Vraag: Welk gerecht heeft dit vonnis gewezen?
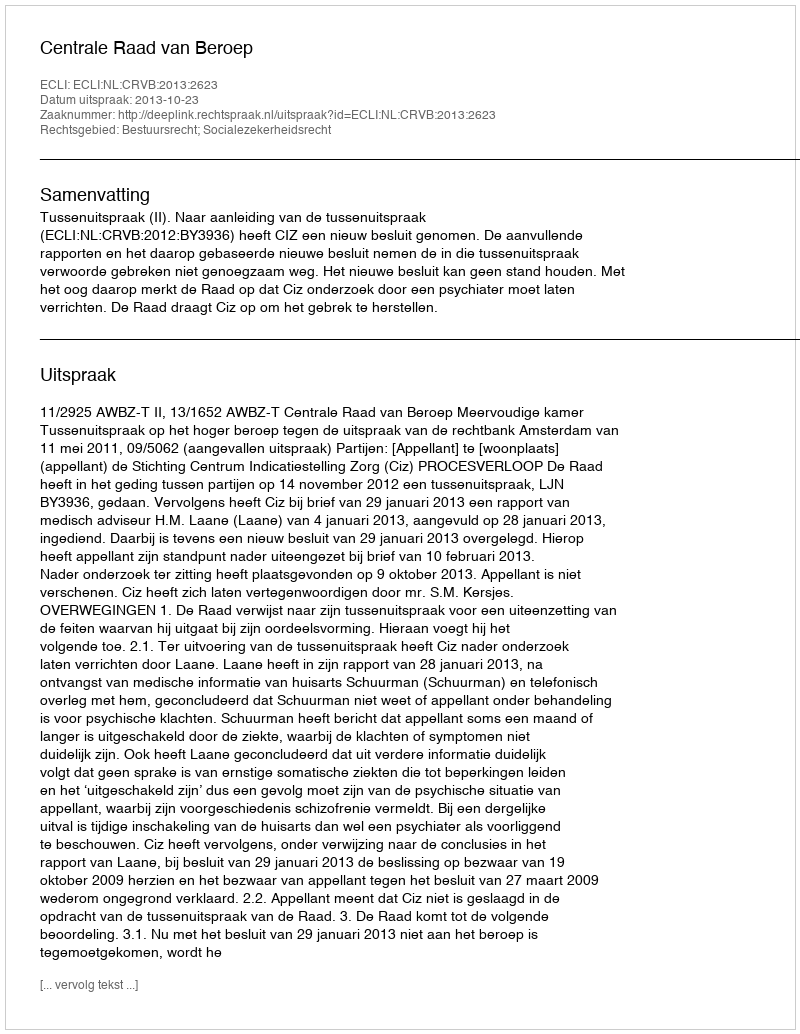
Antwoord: Centrale Raad van Beroep